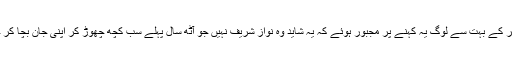
ایک ایک کر کے بہت سے لوگ یہ کہنے پر مجبور ہوئے کہ یہ شاید وہ نواز شریف نہیں جو آٹھ سال پہلے سب کچھ چھوڑ کر اپنی جان بچا کر چلا گیا تھا۔